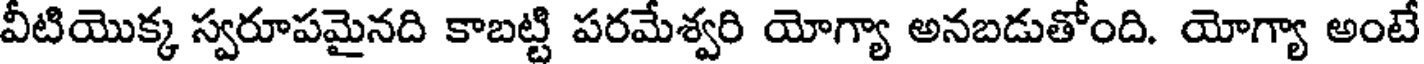
వీటియొక్క స్వరూపమైనది కాబట్టి పరమేశ్వరి యోగ్యా అనబడుతోంది. యోగ్యా అంటే